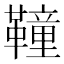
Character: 𩍅